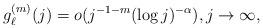
LaTeX: \begin{align*}g_\ell^{(m)}(j)=o(j^{-1-m}(\log j)^{-\alpha}), j\to\infty, \end{align*}